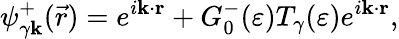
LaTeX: \psi_{\gamma\mathbf{k}}^{+}(\vec{r})=e^{i\mathbf{k}\cdot\mathbf{r}}+G_{0}^{-}(\varepsilon)T_{\gamma}(\varepsilon)e^{i\mathbf{k}\cdot\mathbf{r}},